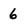
Character: 6